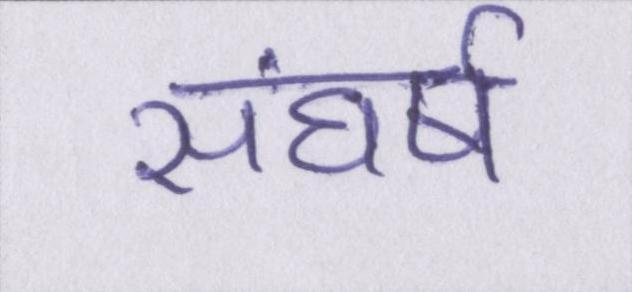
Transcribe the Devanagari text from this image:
संघर्ष